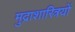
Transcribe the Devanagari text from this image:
मुद्राशास्त्रियों